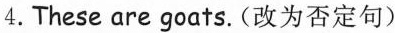
4.These are goats.(改为否定句)